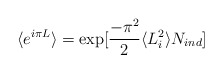
\begin{align*}\langle e^{i\pi L}\rangle=\exp [\frac{-\pi^2}{2}\langle L_i^2\rangle N_{ind}]\end{align*}